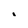
Character: i